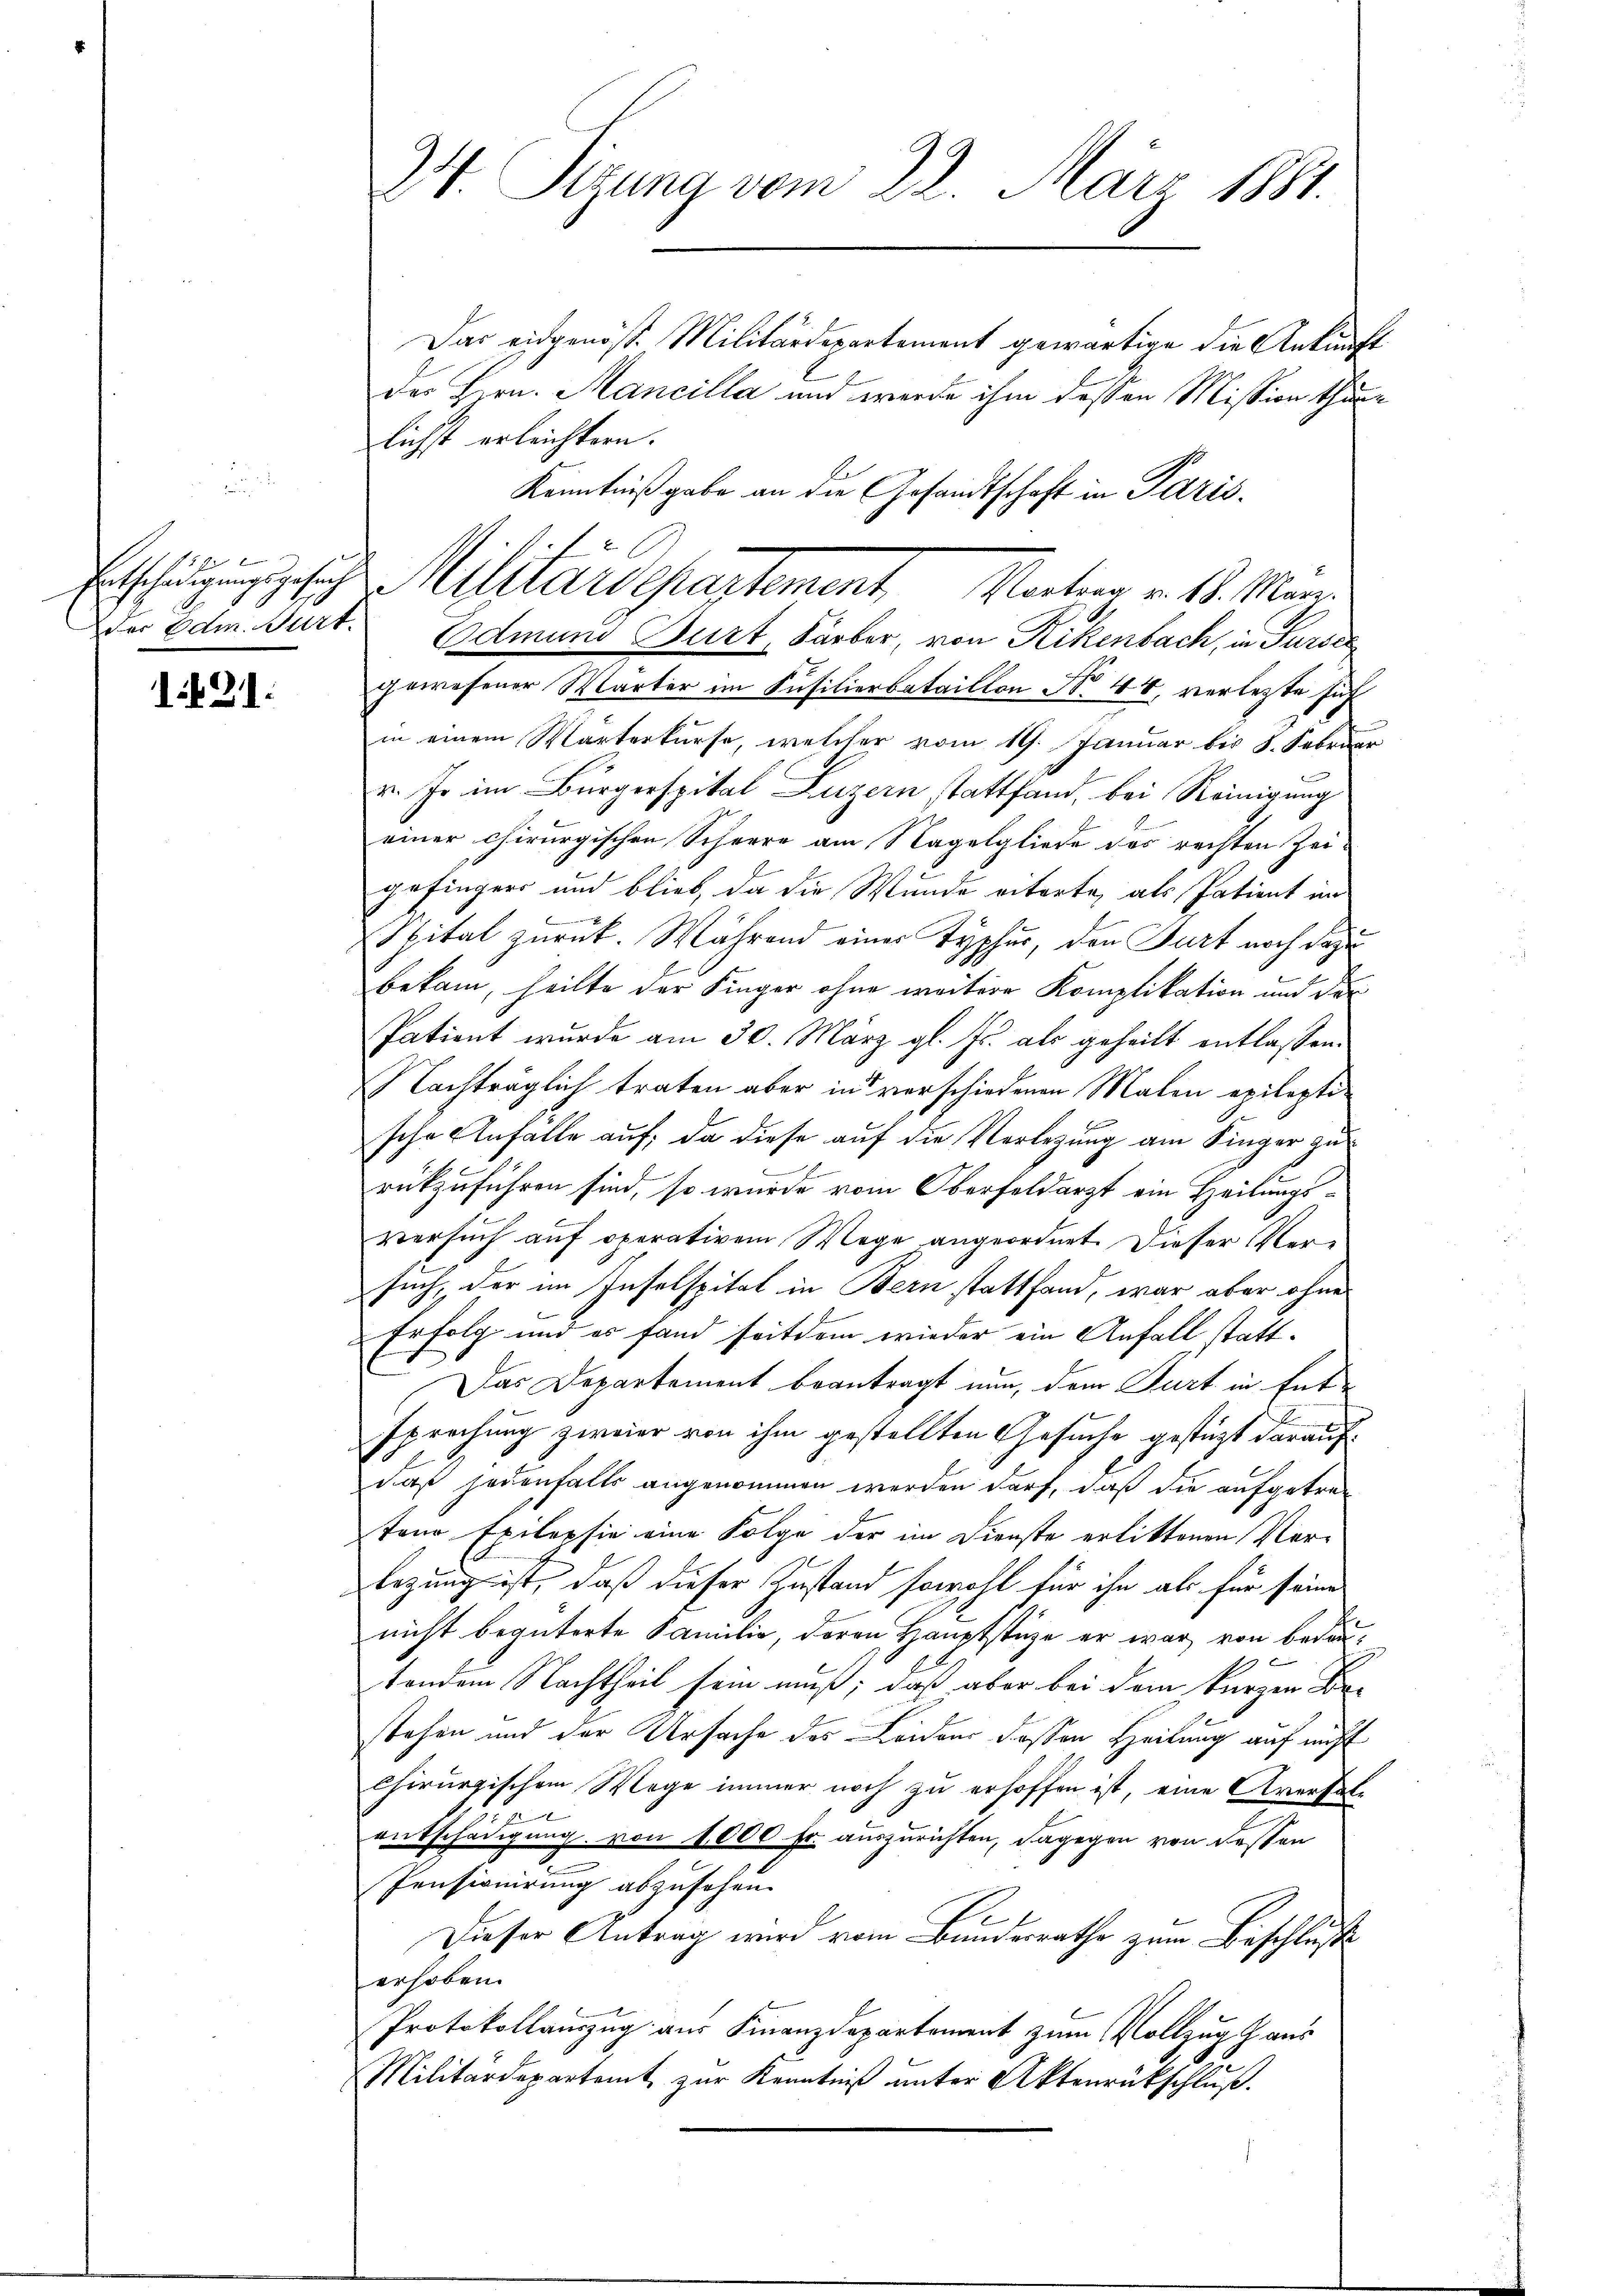
1
Entschädigungsgesuch
der Edm. Wirt

1421.

34 Sizung vom 22. März 1884.

Das eidgenöß. Militärdepartement gewärtige die Ankunft
der Hern. Mancilla und werde ihm deßen Mission thue
lichst erleichtern.
Kenntniß gabe an die Gesandtschaft in Paris.
Edmund Burt, Färber, von Rikenbach, in Turice
gewesener Wärter im Füsilierbataillon No 44, verletzte sich
in einem Wärterkurse, welcher vom 19. Januar bis 8. Februar
v. Js im Bürgerspital Luzern stattfand, bei Reinigung
einer chirurgischen Scheere am Nagelgliede des rechten Zeigefinger und blieb, da die Wunde vitarte, als Patient im
x
Spital zurück. Während einer Typhur, den Furt noch dazu
bekam, heilte der Finger ohne weitere Komplikation und der
Patient wurde am 30. März gl. Js. als geheilt entlassen.
Nachträglich traten aber in verschiedenen Malen epileptische Anfalle auf, da diese auf die Verlegung am Singer zu
rückzuführen sind, so wurde vom Oberfeldarzt ein Heilungs¬
Versuch auf operativem Wege angeordnet. Dieser Versuch, der im Inselspital in Bern stattfand, war aber ohne
Erfolg und es fand seitdem wieder ein Anfall statt¬
Das Departement beantragt nun, dem Gurt in Ent-
sprechung zweier von ihm gestellten Gesuche gestützt darauf:
h
daß jedenfalls angenommen werden darf, daß die aufgetretano Epilepsie eine Folge der im Dienste erlittenen Vorlezung ist, daß dieser Zustand sowohl für ihn als für seine
nicht begüterte Familie, deren Hauptstüze er war von bedauc
tendem Nachtheil sein muß; daß aber bei dem kurzen Bestehen und der Ursache des Leidens deßen Heilung auf nicht
chirurgischem Wege immer noch zu erhoffen ist, eine Aversatentschädigung von 1000 Fr. auszurichten, dagegen von dessen
Pensionirung abzusehen.
Dieser Antrag wird vom Bundesrathe zum Beschlus
erhoben.
Protokollauszug aus Finanzdepartement zum Vollzug aus
Militärdepartamt zur Kenntniß unter Aktenrückschluß.

ich
Militarschartement, Martien v. 18. Man